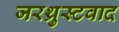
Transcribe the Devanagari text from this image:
जरथ्रुस्टवाद